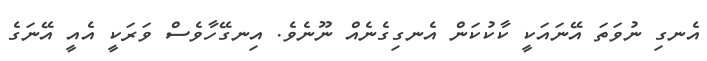
އެނގި ނުވަތަ އޭނައަކީ ކާކުކަން އެނގިގެނެއް ނޫނެވެ. އިނގޭހާވެސް ވަރަކީ އެއީ އޭނަގެ